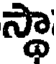
స్థా